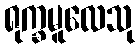
ရုက္ခမူလေသု